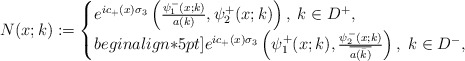
\begin{align*} N(x;k):=\begin{cases} e^{ic_+(x)\sigma_3}\left(\frac{\psi_1^-(x;k)}{a(k)}, \psi_2^+(x;k)\right), \; k\in D^+,\\begin{align*}5pt] e^{ic_+(x)\sigma_3}\left(\psi_1^+(x;k),\frac{\psi_2^-(x;k)}{\overline{a(\bar{k})}}\right), \; k\in D^-, \end{cases} \end{align*}